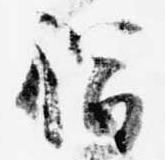
福